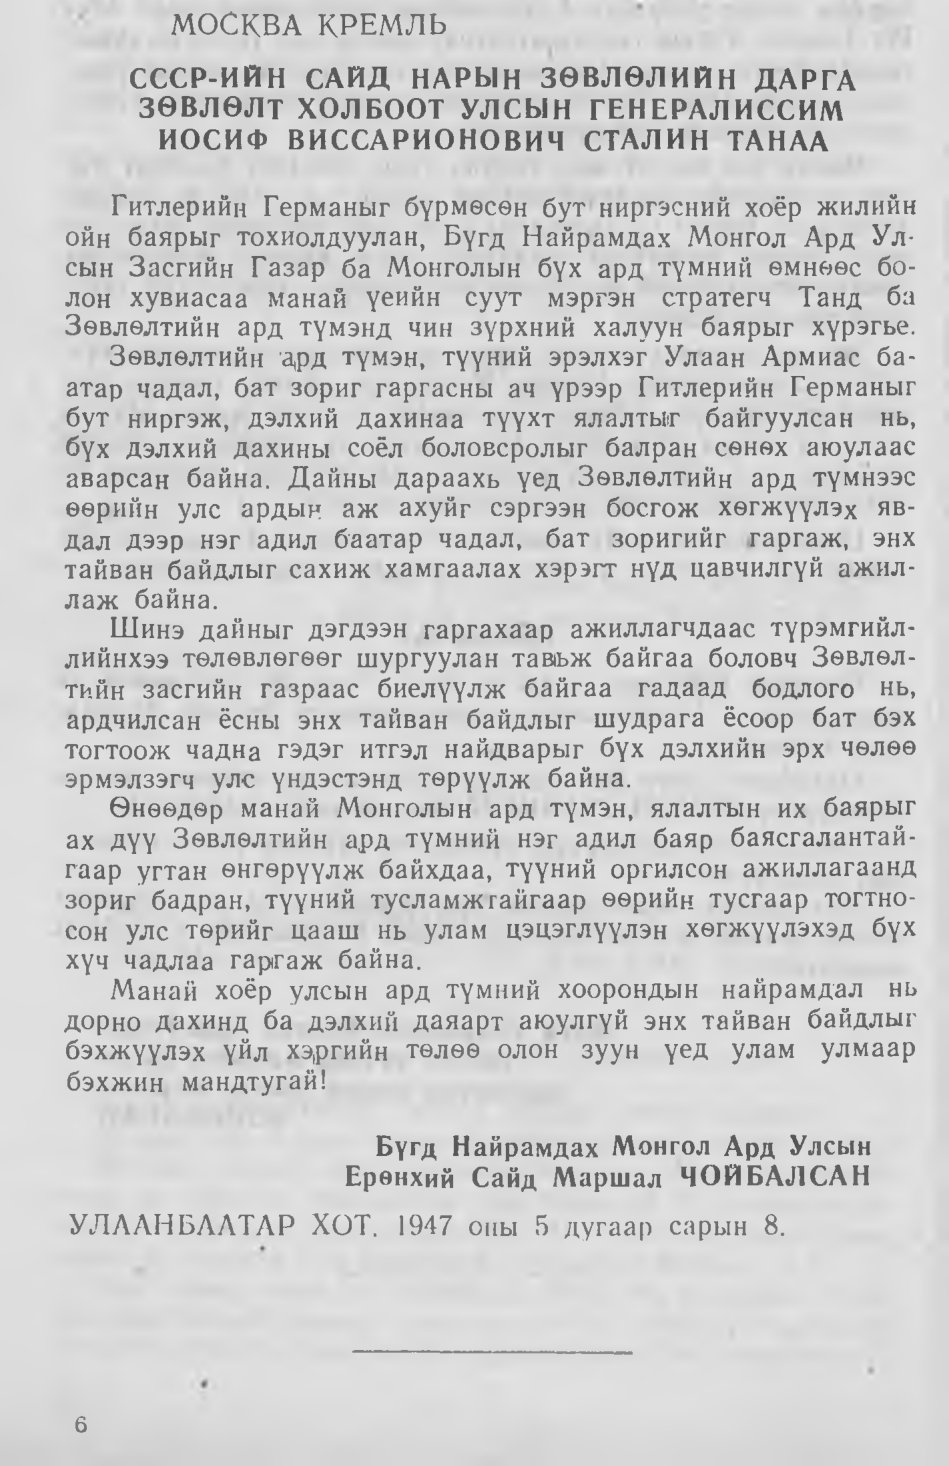
Language: mn